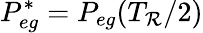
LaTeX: P_{eg}^{*}=P_{eg}(T_{\mathcal{R}}/2)